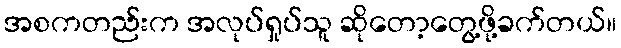
အစကတည်းက အလုပ်ရှုပ်သူ ဆိုတော့တွေ့ဖို့ခက်တယ်။